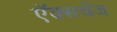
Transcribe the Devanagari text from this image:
ऍक्सचेंज